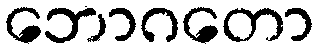
ဘောဂတော